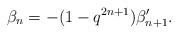
\begin{align*}\beta_n = -(1-q^{2n+1})\beta_{n+1}'.\end{align*}